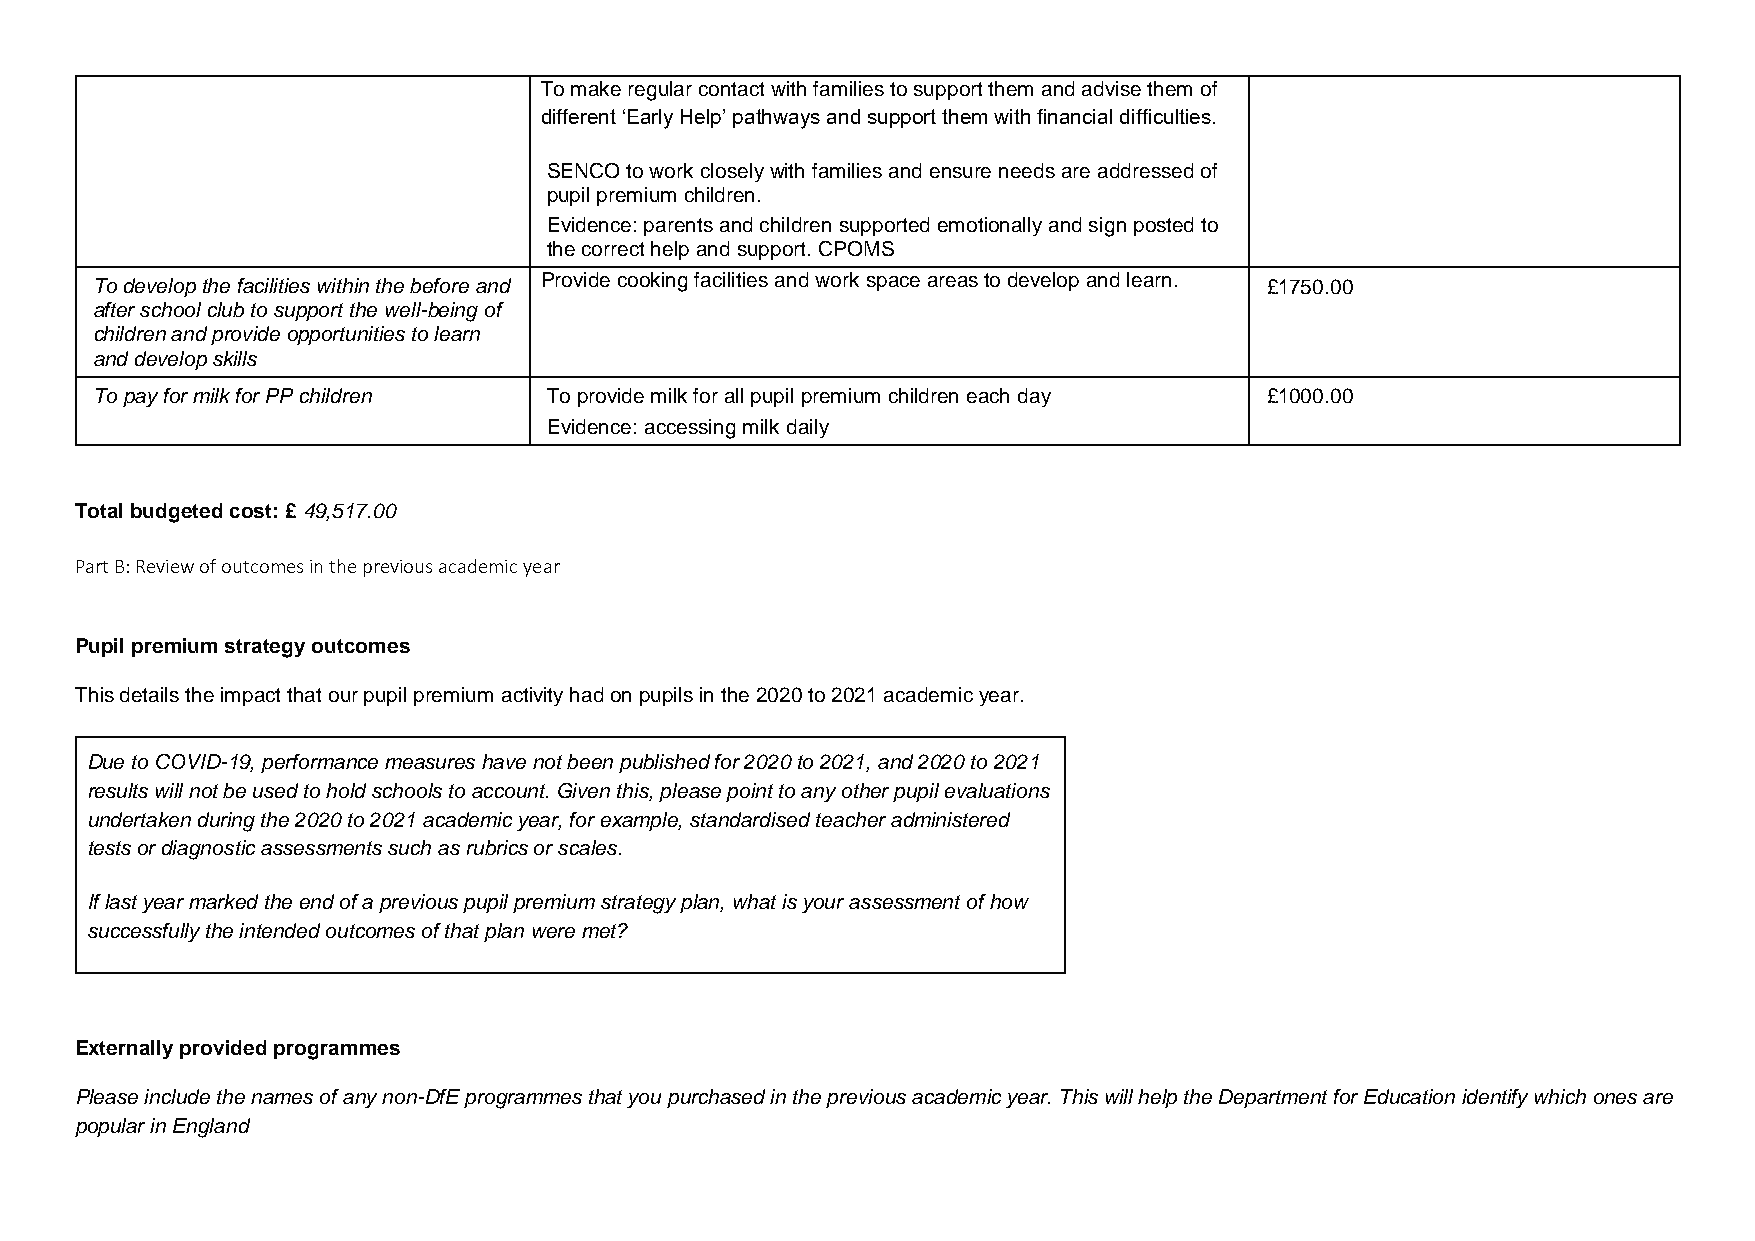
To make regular contact with families to support them and advise them of
 different ‘Early Help’ pathways and support them with financial difficulties.
 SENCO to work closely with families and ensure needs are addressed of
 pupil premium children.
 Evidence: parents and children supported emotionally and sign posted to
 the correct help and support. CPOMS
 To develop the facilities within the before and Provide cooking facilities and work space areas to develop and learn. £1750.00
 after school club to support the well-being of
 children and provide opportunities to learn
 and develop skills
 To pay for milk for PP children To provide milk for all pupil premium children each day £1000.00
 Evidence: accessing milk daily
 Total budgeted cost: £ 49,517.00
 Part B: Review of outcomes in the previous academic year
 Pupil premium strategy outcomes
 This details the impact that our pupil premium activity had on pupils in the 2020 to 2021 academic year.
 Due to COVID-19, performance measures have not been published for 2020 to 2021, and 2020 to 2021
 results will not be used to hold schools to account. Given this, please point to any other pupil evaluations
 undertaken during the 2020 to 2021 academic year, for example, standardised teacher administered
 tests or diagnostic assessments such as rubrics or scales.
 If last year marked the end of a previous pupil premium strategy plan, what is your assessment of how
 successfully the intended outcomes of that plan were met?
 Externally provided programmes
 Please include the names of any non-DfE programmes that you purchased in the previous academic year. This will help the Department for Education identify which ones are
 popular in England